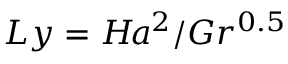
L y = H \! a ^ { 2 } / G r ^ { 0 . 5 }